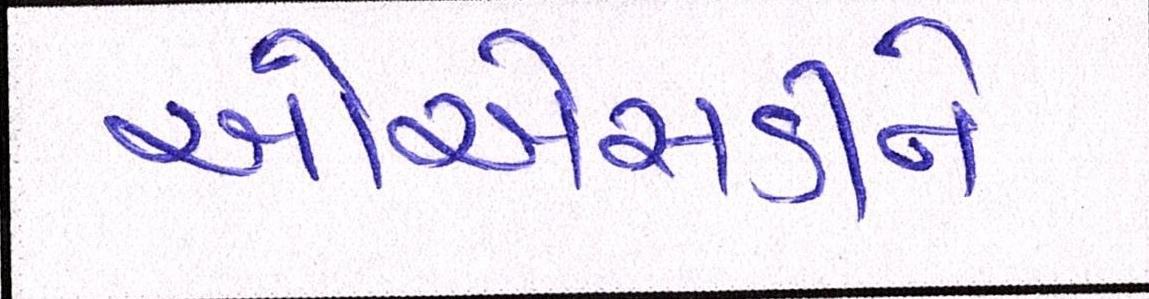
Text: ઓએસડીને